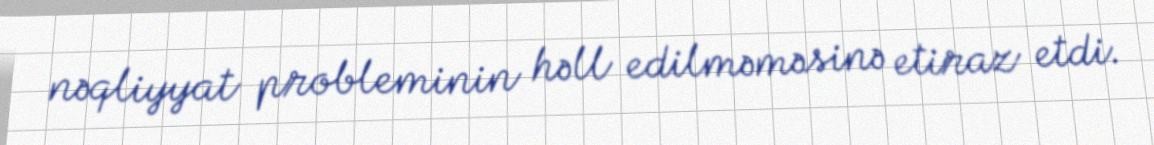
nəqliyyat probleminin həll edilməməsinə etiraz etdi.